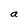
Character: a